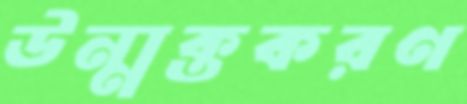
উন্মুক্তকরণ